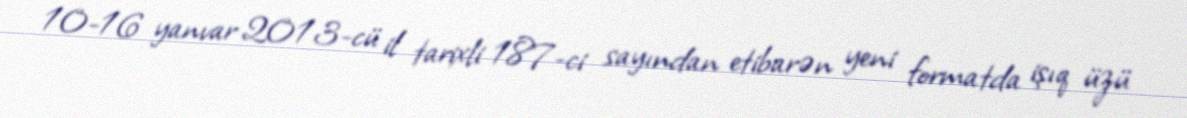
10-16 yanvar 2013-cü il tarixli 187-ci sayından etibarən yeni formatda işıq üzü